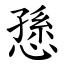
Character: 愻